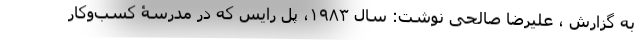
به گزارش ، علیرضا صالحی نوشت: سال ۱۹۸۳، پل رایس که در مدرسۀ کسب‌وکار